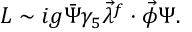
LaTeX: { \cal L } \sim i g \bar { \Psi } \gamma _ { 5 } \vec { \lambda } ^ { f } \cdot \vec { \phi } \Psi .